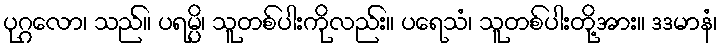
ပုဂ္ဂလော၊ သည်။ ပရမ္ပိ၊ သူတစ်ပါးကိုလည်း။ ပရေသံ၊ သူတစ်ပါးတို့အား။ ဒဒမာနံ၊